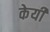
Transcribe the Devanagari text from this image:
केयी